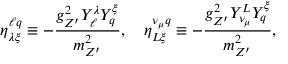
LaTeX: \eta _ { \lambda \xi } ^ { \ell q } \equiv - \frac { g _ { Z ^ { \prime } } ^ { 2 } Y _ { \ell } ^ { \lambda } Y _ { q } ^ { \xi } } { m _ { Z ^ { \prime } } ^ { 2 } } , \quad \eta _ { L \xi } ^ { \nu _ { \mu } q } \equiv - \frac { g _ { Z ^ { \prime } } ^ { 2 } Y _ { \nu _ { \mu } } ^ { L } Y _ { q } ^ { \xi } } { m _ { Z ^ { \prime } } ^ { 2 } } ,